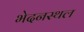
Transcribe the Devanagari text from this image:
भेदनस्थल